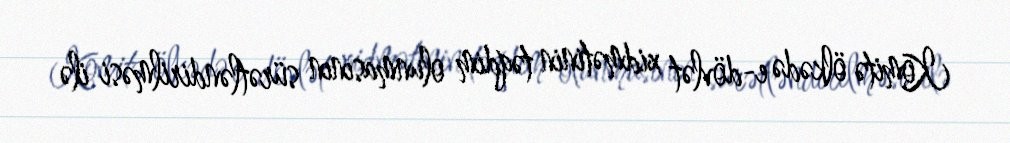
Komitə ölkədə e-dövlət xidmətinin təqdim olunmasının sürətləndirilməsi ilə